Rangoon Lunatic Asylum 1893-1897 - 1893-1897
Year: 1893
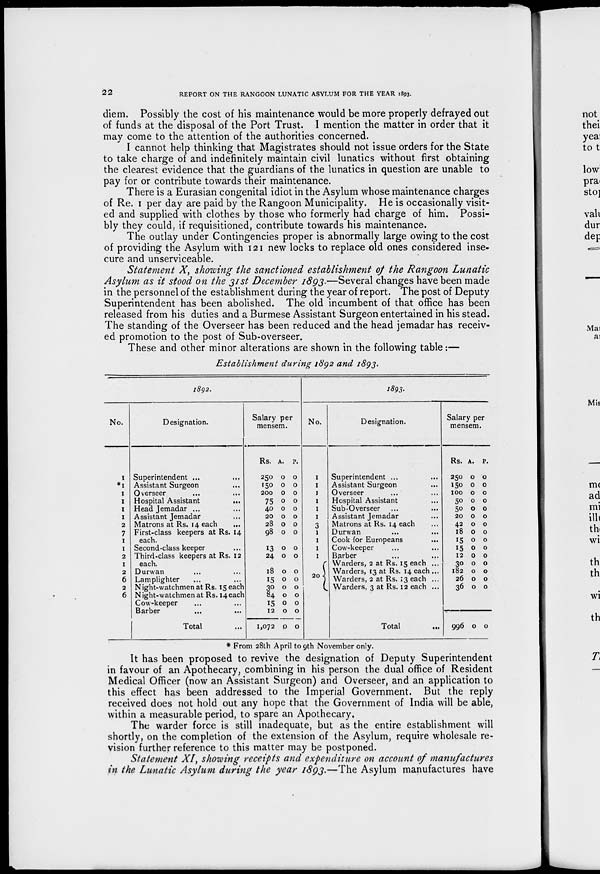
22
REPORT ON THE RANGOON LUNATIC ASYLUM FOR THE YEAR 1893.
diem. Possibly the cost of his maintenance would be more properly defrayed out
of funds at the disposal of the Port Trust. I mention the matter in order that it
may come to the attention of the authorities concerned.
I cannot help thinking that Magistrates should not issue orders for the State
to take charge of and indefinitely maintain civil lunatics without first obtaining
the clearest evidence that the guardians of the lunatics in question are unable to
pay for or contribute towards their maintenance.
There is a Eurasian congenital idiot in the Asylum whose maintenance charges
of Re. 1 per day are paid by the Rangoon Municipality. He is occasionally visit-
ed and supplied with clothes by those who formerly had charge of him. Possi-
bly they could, if requisitioned, contribute towards his maintenance.
The outlay under Contingencies proper is abnormally large owing to the cost
of providing the Asylum with 121 new locks to replace old ones considered inse-
cure and unserviceable.
Statement X, showing the sanctioned establishment of the Rangoon Lunatic
Asylum as it stood on the 31st December 1893.—Several changes have been made
in the personnel of the establishment during the year of report. The post of Deputy
Superintendent has been abolished. The old incumbent of that office has been
released from his duties and a Burmese Assistant Surgeon entertained in his stead.
The standing of the Overseer has been reduced and the head jemadar has receiv-
ed promotion to the post of Sub-overseer.
These and other minor alterations are shown in the following table :—
Establishment
during 1892 and 1893.
1892.
No.
1
*1
1
1
1
1
2
7
1
1
2
1
2
6
2
6
Designation.
Superintendent ...
...
Assistant Surgeon ...
Overseer ...
Hospital Assistant
...
Head Jemadar ...
Assistant Jemadar ...
Matrons at Rs. 14 each ...
First-class keepers at Rs. 14
each.
Second-class keeper ...
Third-class keepers at Rs. 12
each. ...
Durwan ...
Lamplighter ...
Night-watchmen at Rs. 15 each
Night-watchmen at Rs. 14 each
Cow-keeper ...
Barber ...
Total ...
Salary per
mensem.
Rs.
250
150
200
75
40
20
28
98
13
24
18
15
30
84
15
12
1,072
A.
0
0
0
0
0
0
0
0
0
0
0
0
0
0
0
0
0
P.
0
0
0
0
0
0
0
0
0
0
0
0
0
0
0
0
0
1893.
No.
1
1
1
1
1
1
3
1
1
1
1
20
Designation.
Superintendent ...
Assistant Surgeon ...
Overseer ...
Hospital Assistant ...
Sub-Overseer ...
Assistant Jemadar ...
Matrons at Rs. 14 each ...
Durwan ... ...
Cook for Europeans
...
Cow-keeper ... ...
Barber
...
...
Warders, 2 at Rs. 15 each ...
Warders, 13 at Rs. 14 each ...
Warders, 2 at Rs. 13 each ...
Warders, 3 at Rs. 12 each ...
Total
Salary per
mensem.
Rs.
250
150
100
50
50
20
42
18
15
15
12
30
182
26
36
996
A.
0
0
0
0
0
0
0
0
0
0
0
0
0
0
0
0
P.
0
0
0
0
0
0
0
0
0
0
0
0
0
0
0
0
* From 28th April to 9th November only.
It has been proposed to revive the designation of Deputy Superintendent
in favour of an Apothecary, combining in his person the dual office of Resident
Medical Officer (now an Assistant Surgeon) and Overseer, and an application to
this effect has been addressed to the Imperial Government. But the reply
received does not hold out any hope that the Government of India will be able,
within a measurable period, to spare an Apothecary.
The warder force is still inadequate, but as the entire establishment will
shortly, on the completion of the extension of the Asylum, require wholesale re-
vision further reference to this matter may be postponed.
Statement XI, showing receipts and expenditure on account of manufactures
in the Lunatic Asylum during the year 1893.—The Asylum manufactures have